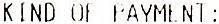
KIND OF PAYMENT: